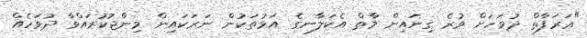
"ޢަރަފާތް ދުވަހަށް ވުރެ ގިނައިން މާތް އެކަލާނގެ އަޅުތަކުން ނަރަކައިން މިންޖުކުރައްވާ ދުވަހެއް